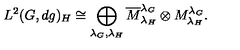
L ^ { 2 } ( G , d g ) _ { H } \cong \bigoplus _ { \lambda _ { G } , \lambda _ { H } } \overline { { M } } _ { \lambda _ { H } } ^ { \lambda _ { G } } \otimes M _ { \lambda _ { H } } ^ { \lambda _ { G } } .